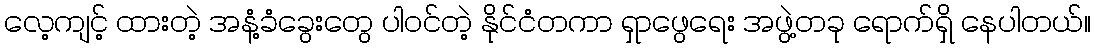
လေ့ကျင့် ထားတဲ့ အနံ့ခံခွေးတွေ ပါဝင်တဲ့ နိုင်ငံတကာ ရှာဖွေရေး အဖွဲ့တခု ရောက်ရှိ နေပါတယ်။